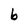
Character: b